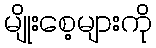
မျိုးစေ့များကို